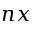
n x